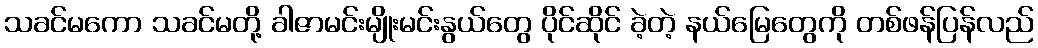
သခင်မကော သခင်မတို့ ခါဇာမင်းမျိုးမင်းနွယ်တွေ ပိုင်ဆိုင် ခဲ့တဲ့ နယ်မြေတွေကို တစ်ဖန်ပြန်လည်